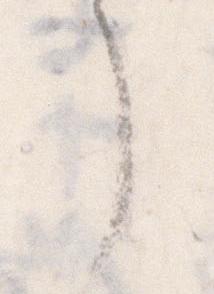
了